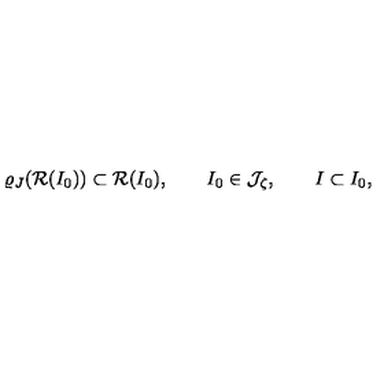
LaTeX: \varrho _ { J } ( { \cal R } ( I _ { 0 } ) ) \subset { \cal R } ( I _ { 0 } ) , \qquad I _ { 0 } \in { \cal J } _ { \zeta } , \qquad I \subset I _ { 0 } ,